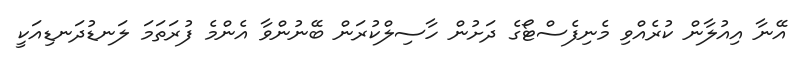
އޭނާ އިއުލާން ކުރެއްވި މެނިފެސްޓޯގެ ދަށުން ހާސިލްކުރަން ބޭނުންވާ އެންމެ ފުރަތަމަ ލަނޑުދަނޑިއަކީ